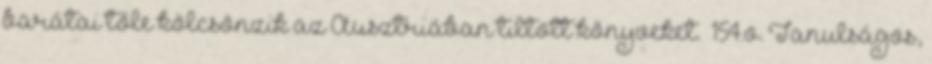
barátai tőle kölcsönzik az Ausztriában tiltott könyveket.” 154.o. Tanulságos,